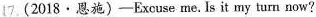
17. (2018·恩施)—Excuse me.Is it my turn now?